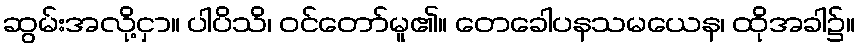
ဆွမ်းအလို့ငှာ။ ပါပိသိ၊ ဝင်တော်မူ၏။ တေခေါပနသမယေန၊ ထိုအခါ၌။